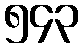
၅၄၃